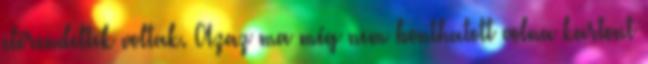
előrendeltek voltak. Azaz ma még nem bonthatott volna kartont